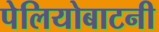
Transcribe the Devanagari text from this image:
पेलियोबाटनी